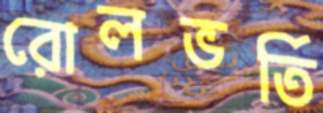
রোলভর্তি